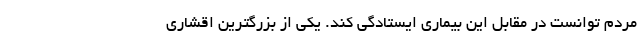
مردم توانست در مقابل این بیماری ایستادگی کند. یکی از بزرگترین اقشاری